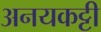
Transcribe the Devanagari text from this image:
अनयकट्टी